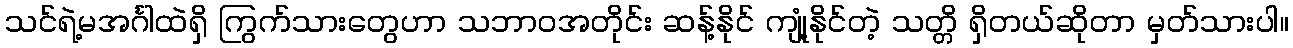
သင်ရဲ့မအင်္ဂါထဲရှိ ကြွက်သားတွေဟာ သဘာဝအတိုင်း ဆန့်နိုင် ကျုံ့နိုင်တဲ့ သတ္တိ ရှိတယ်ဆိုတာ မှတ်သားပါ။